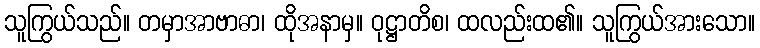
သူကြွယ်သည်။ တမှာအာဗာဓာ၊ ထိုအနာမှ။ ဝုဋ္ဌာတိစ၊ ထလည်းထ၏။ သူကြွယ်အားသော။